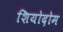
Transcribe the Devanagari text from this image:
शियोदोम